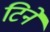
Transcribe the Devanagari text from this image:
टिने